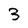
Character: 3